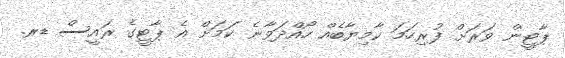
ޕާޓީން ވަރަށް ފުރިހަމަ ކާމިޔާބެއް ހޯއްދަވާނެ ކަމަށް އެ ޕާޓީގެ ރައީސް ޑރ.